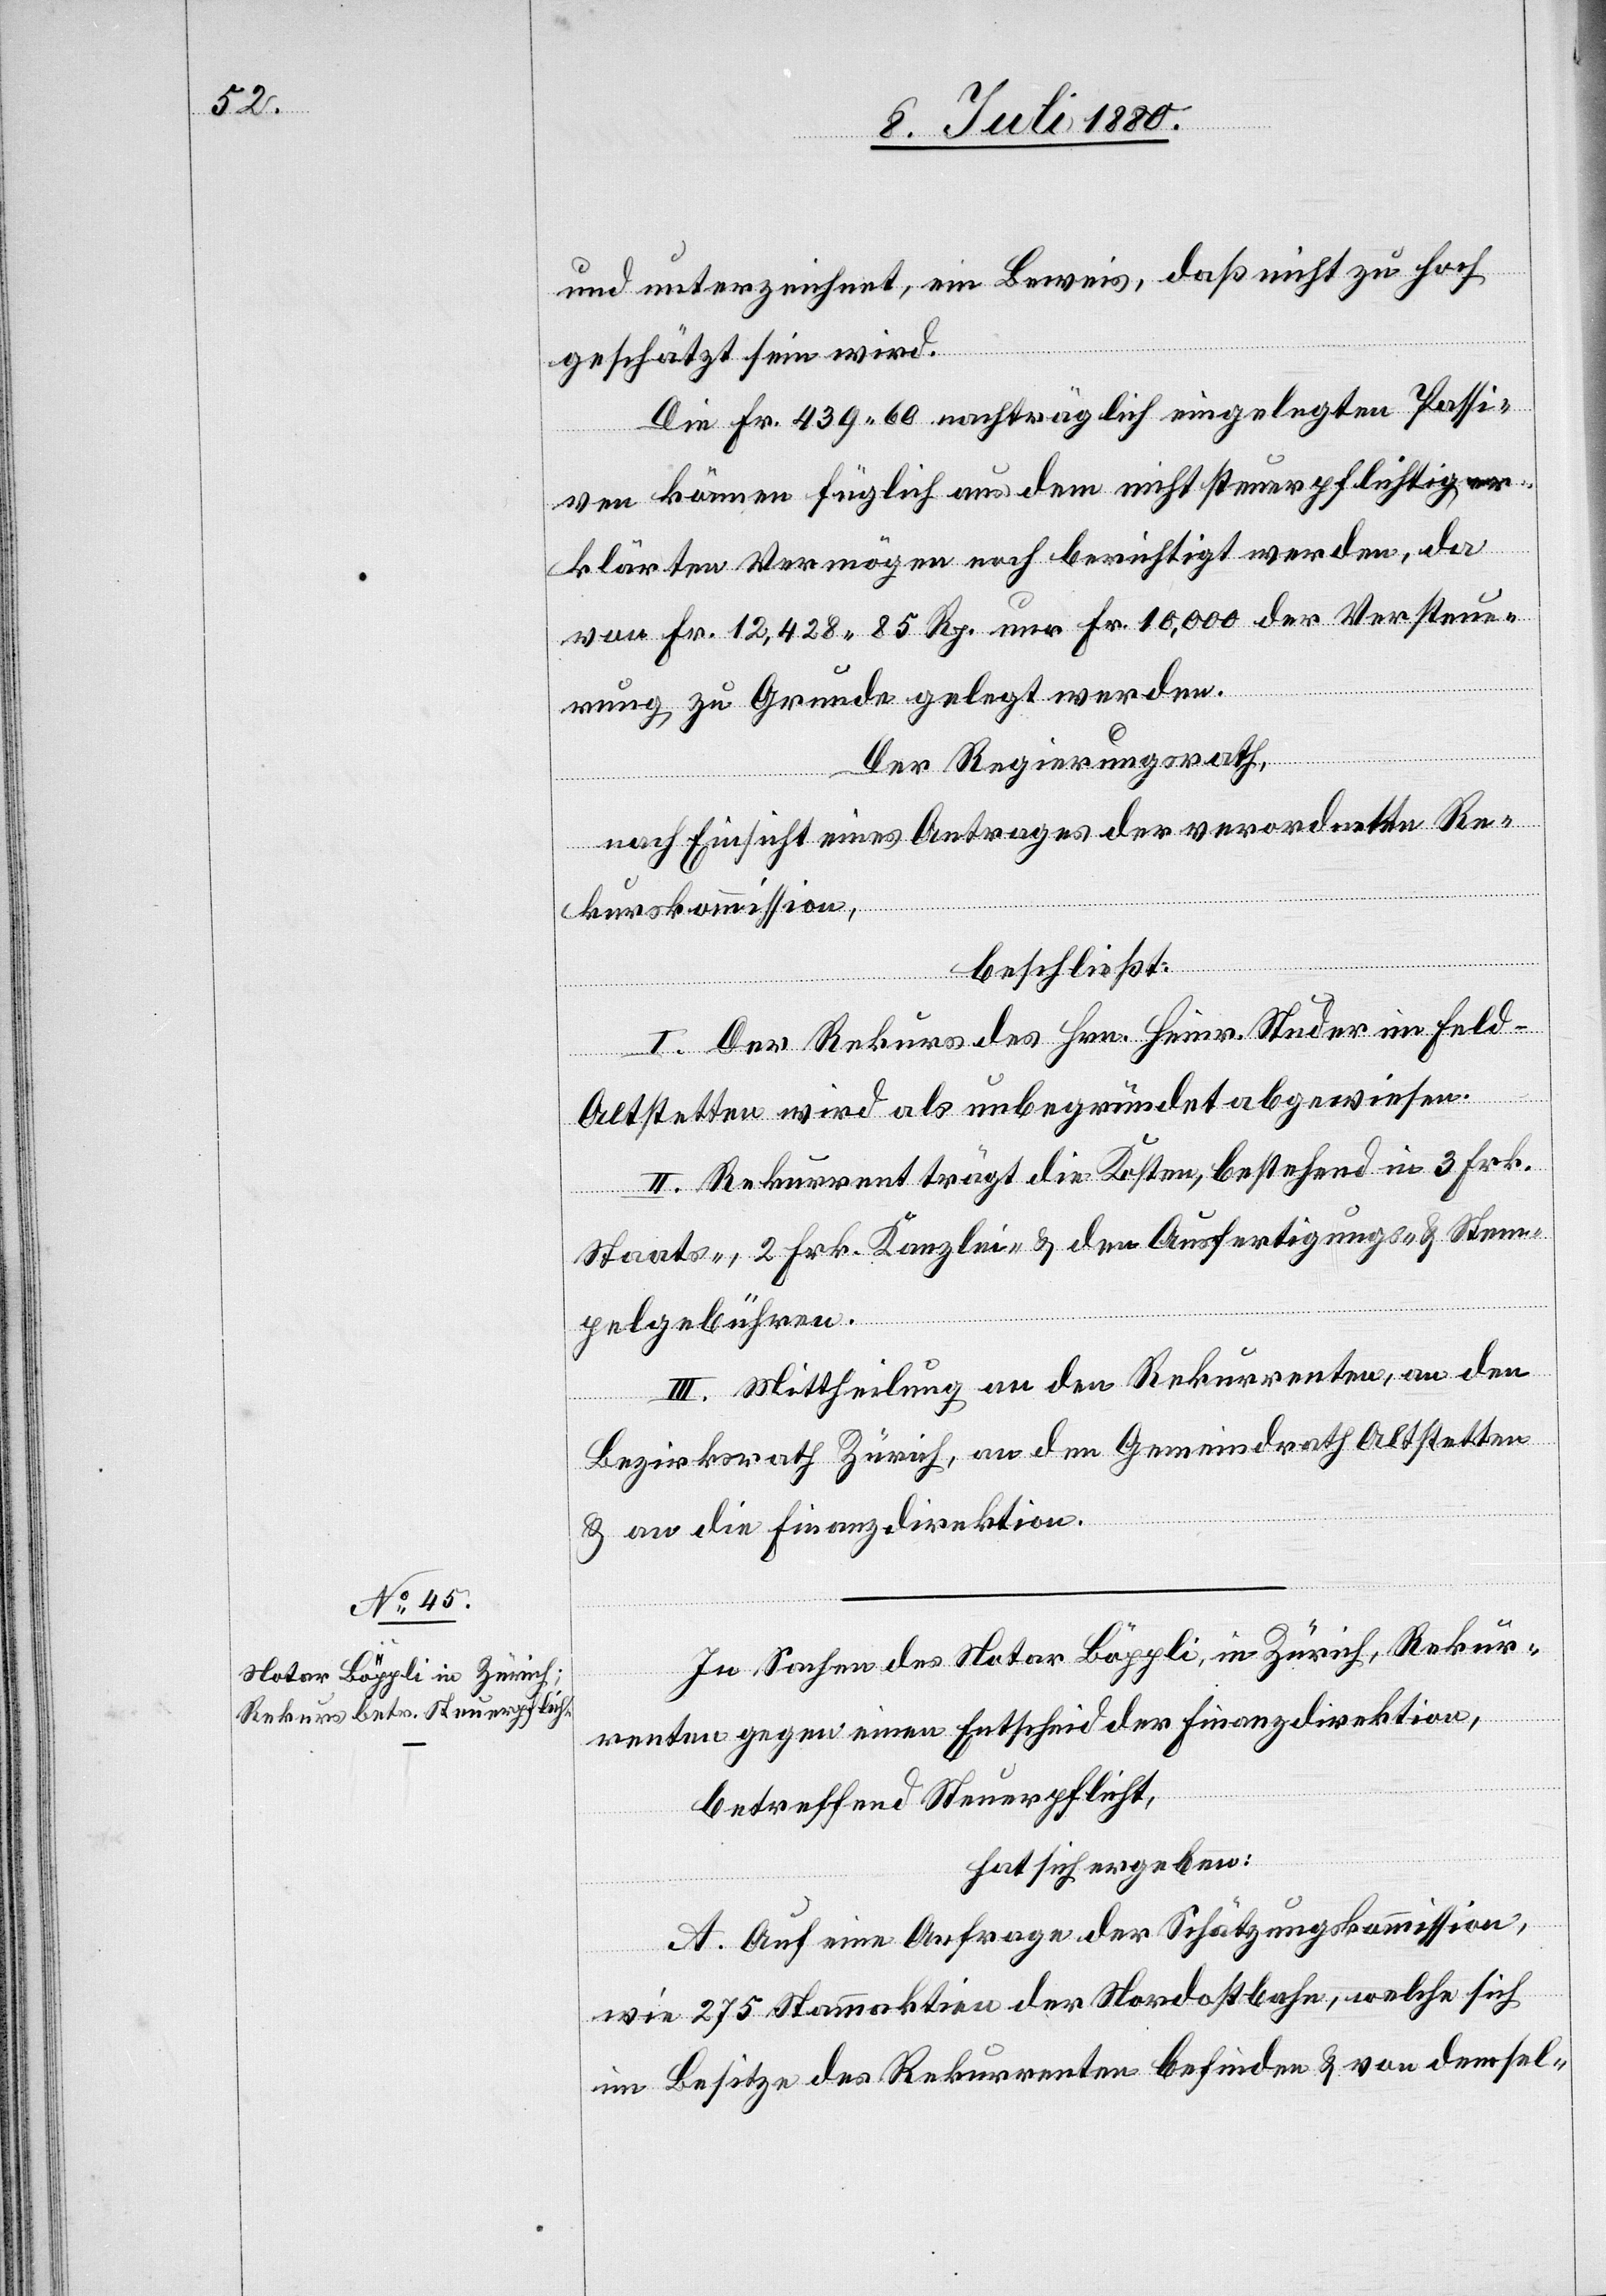
und unterzeichnet, ein Beweis, daß nicht zu hoch
geschätzt sein wird.
Die Fr. 439 60 nachträglich eingelegten Passi¬
ven können füglich aus dem nicht steuerpflichtig er¬
klärten Vermögen noch berichtigt werden, da
von Fr. 12,428 85 Rp. nur Fr. 10,000 der Versteue¬
rung zu Grunde gelegt werden.
Der Regierungsrath,
nach Einsicht eines Antrages der verordneten Re¬
kurskommission,
beschließt:
I. Der Rekurs des Hrn. Heinr. Studer im Feld -
Altstetten wird als unbegründet abgewiesen.
II. Rekurrent trägt die Kosten, bestehend in 3 Frk.
Staats-, 2 Frk. Kanzlei- & den Ausfertigungs- & Stem¬
pelgebühren.
III. Mittheilung an den Rekurrenten, an den
Bezirksrath Zürich, an den Gemeindrath Altstetten
& an die Finanzdirektion.
In Sachen des Notar Böppli, in Zürich, Rekur¬
renten gegen einen Entscheid der Finanzdirektion,
betreffend Steuerpflicht,
hat sich ergeben:
A. Auf eine Anfrage der Schätzungskommission,
wie 275 Stammaktien der Nordostbahn, welche sich
in Besitze des Rekurrenten befinden & von demsel-